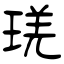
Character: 琷